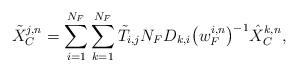
LaTeX: \begin{align*}\tilde{X}_{C}^{j, n}=\sum^{N_{F}}_{i=1}\sum^{N_{F}}_{k=1}\tilde{T}_{i,j}N_{F}D_{k,i}\big(w_{F}^{i, n}\big)^{-1}\hat{X}_{C}^{k, n},\end{align*}